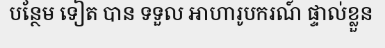
បន្ថែម ទៀត បាន ទទួល អាហារូបករណ៍ ផ្ទាល់ខ្លួន